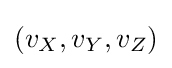
(v_{X},v_{Y},v_{Z})